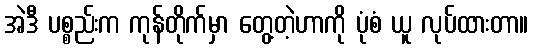
အဲဒီ ပစ္စည်းက ကုန်တိုက်မှာ တွေ့တဲ့ဟာကို ပုံစံ ယူ လုပ်ထားတာ။